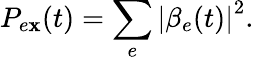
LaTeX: P_{e\mathbf{x}}(t)=\sum_{e}\left\vert\beta_{e}(t)\right\vert^{2}.